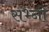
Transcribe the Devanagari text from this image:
सभ्नी